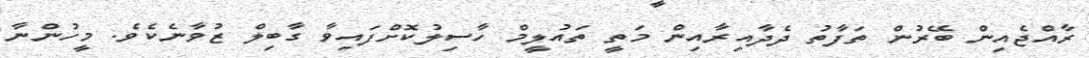
ރާއްޖެއިން ބޭރުން ތަފާތު ދެދާއިރާއިން މަތީ ތައުލީމް ހާސިލުކޮށްފައިވާ ގާބިލް ޒުވާނެކެވެ. މީހުންނާ